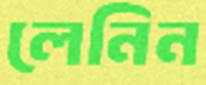
লেনিন